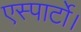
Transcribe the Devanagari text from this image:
एस्पार्टो।